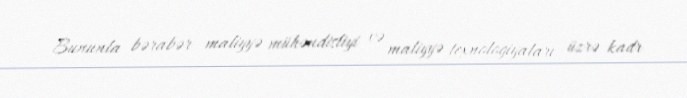
Bununla bərabər maliyyə mühəndisliyi və maliyyə texnologiyaları üzrə kadr